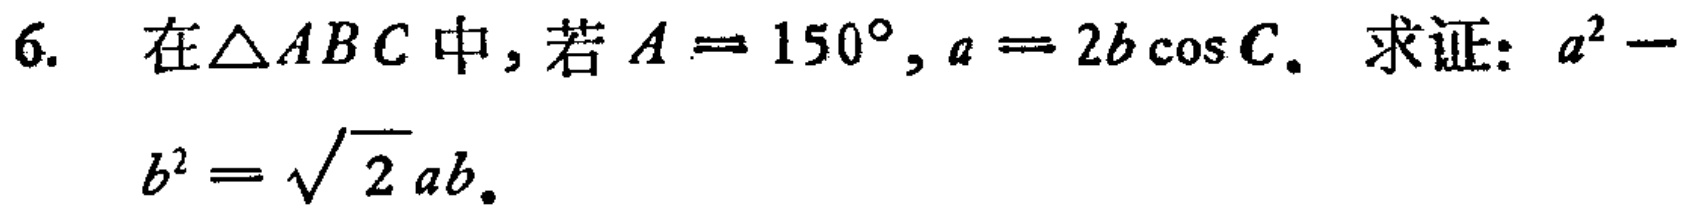
6. 在\(\triangle ABC\)中，若\(A = 150^{\circ}, a = 2b\cos C\)。求证：\(a^{2}-b^{2}=\sqrt{2}ab\)。